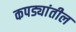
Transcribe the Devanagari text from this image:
कपड्यांतील